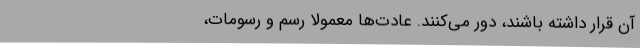
آن قرار داشته باشند، دور ‌می‌کنند. عادت‌ها معمولاً رسم و رسومات،